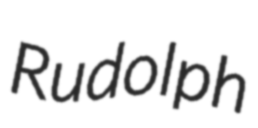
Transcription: Rudolph